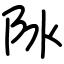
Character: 阥